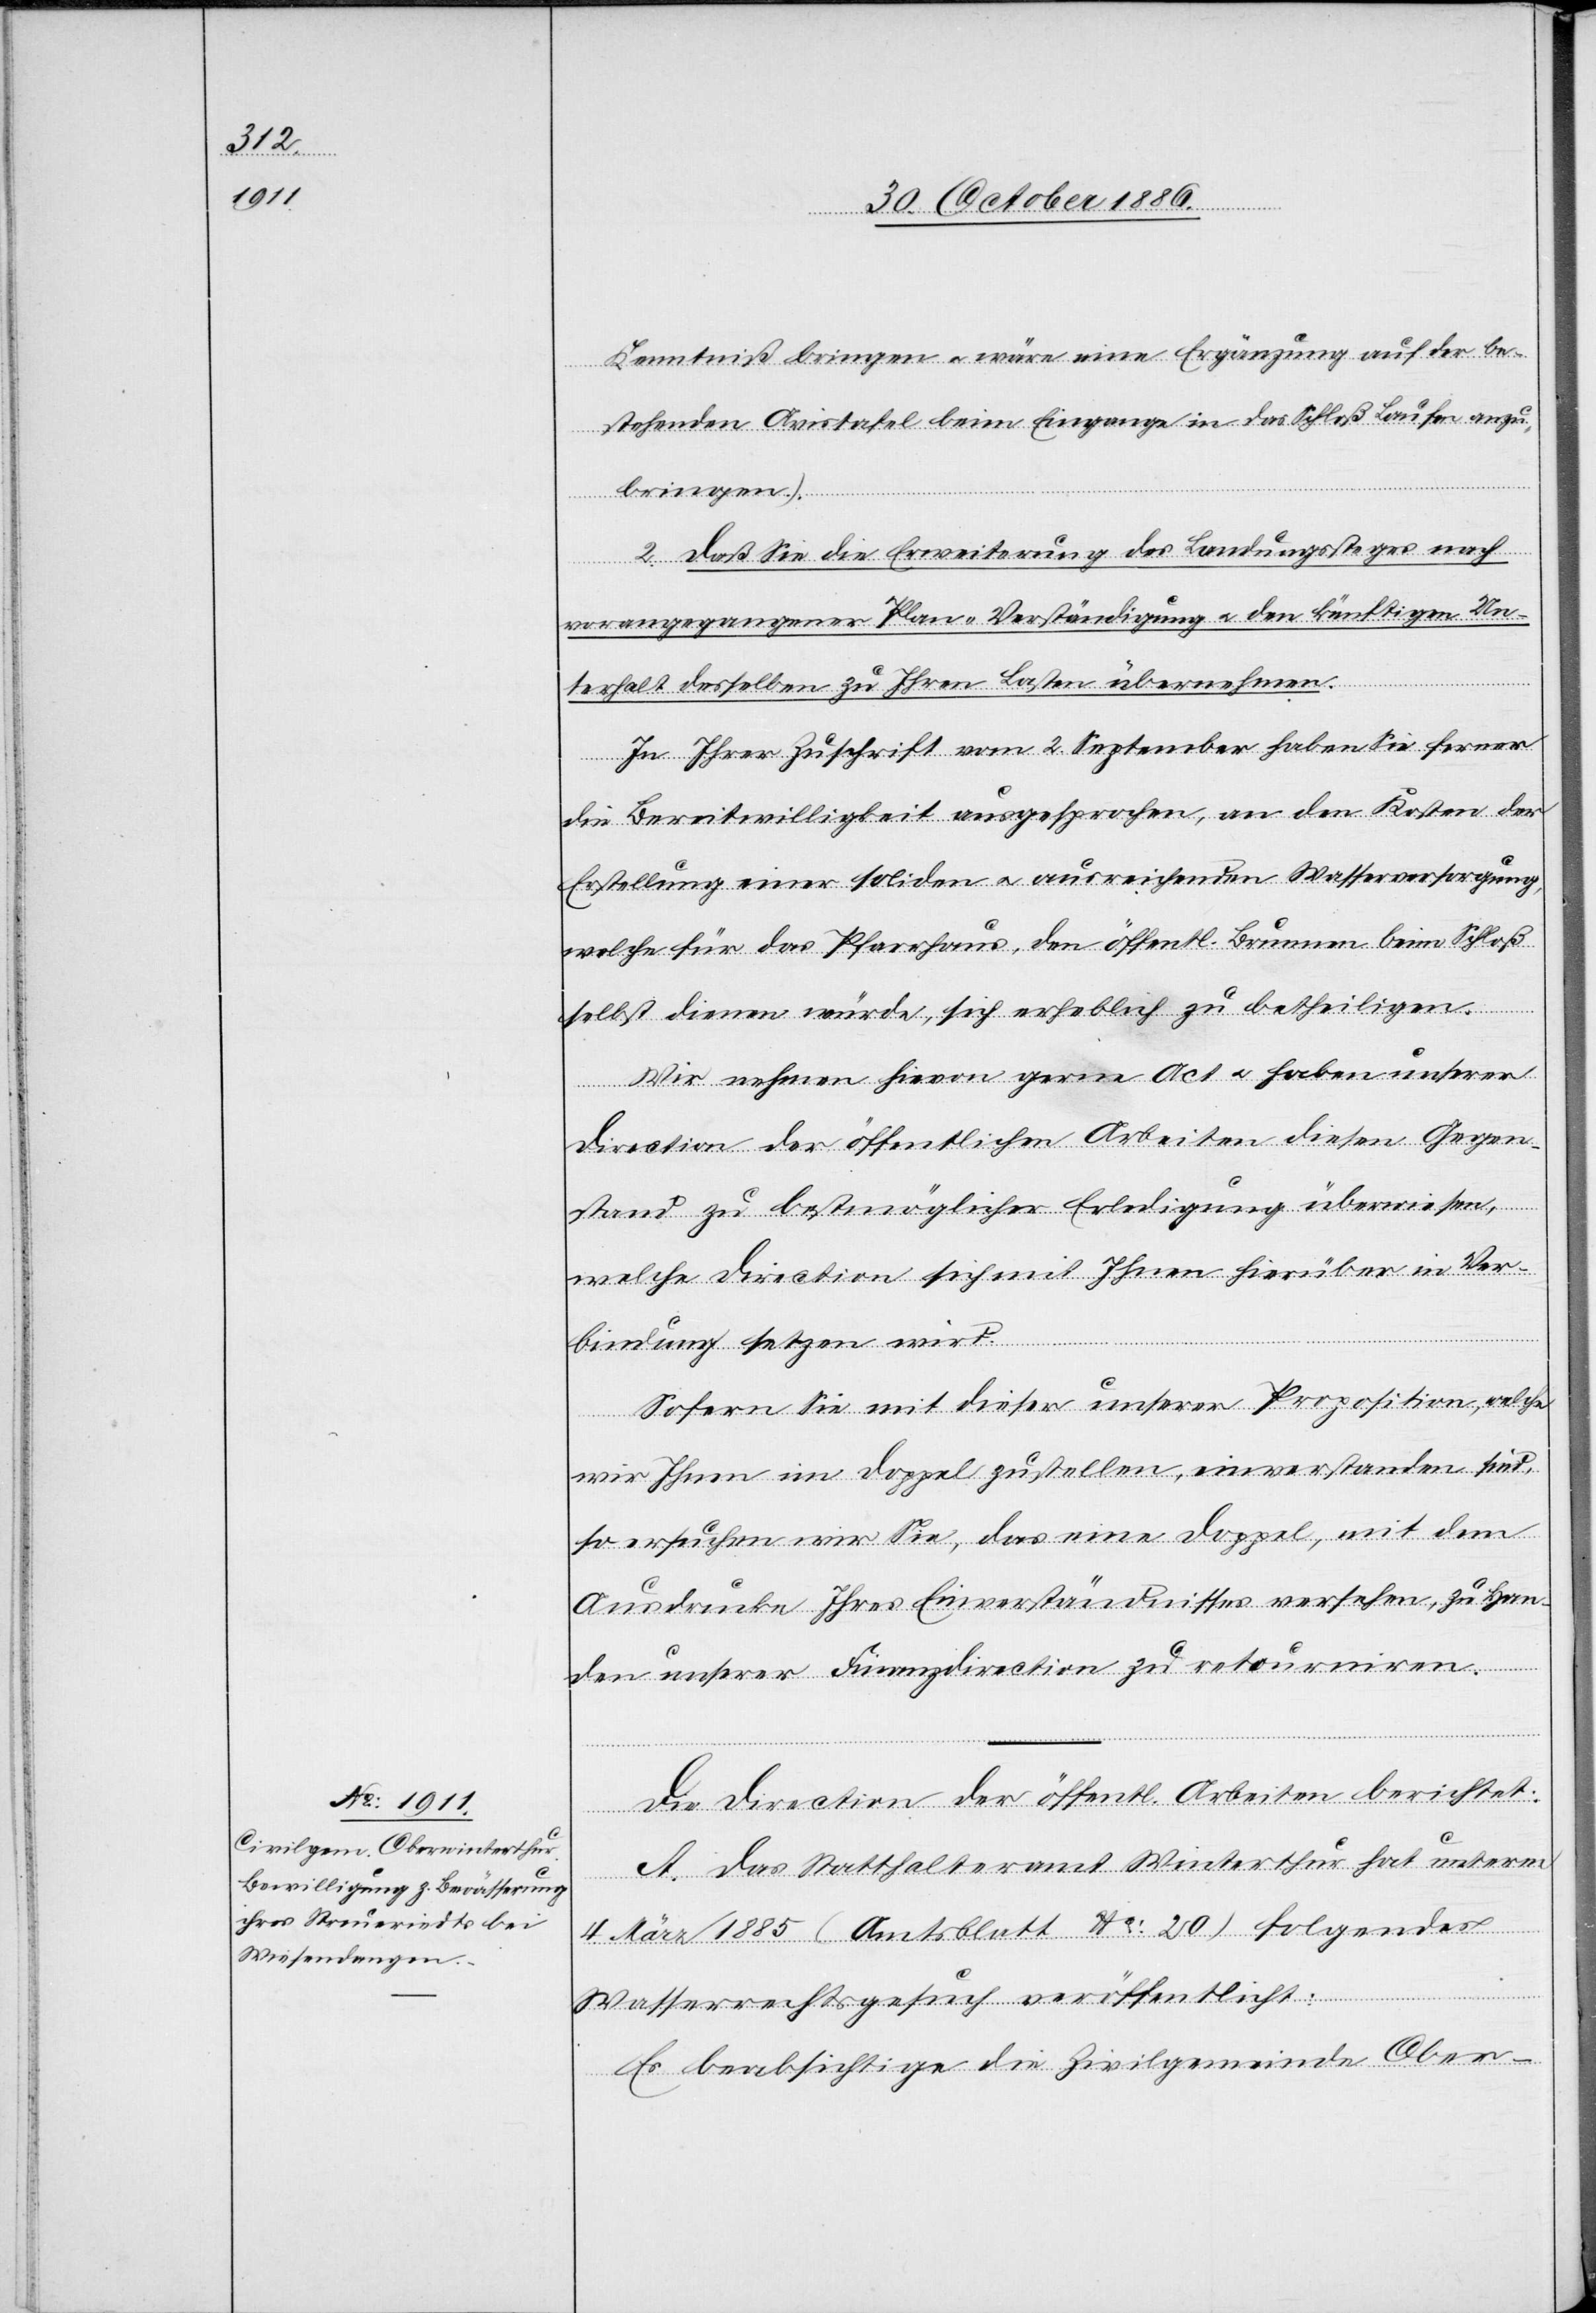
Kenntniß bringen & wäre eine Ergänzung auf der be¬
stehenden Avistafel beim Eingange in das Schloß Laufen anzu¬
bringen.).
2. daß Sie die Erweiterung des Landungssteges nach
vorangegangener Plan-Verständigung & den künftigen Un¬
terhalt desselben zu Ihren Lasten übernehmen.
In Ihrer Zuschrift vom 2. September haben Sie ferner
die Bereitwilligkeit ausgesprochen, an den Kosten der
Erstellung einer soliden & ausreichenden Wasserversorgung,
welche für das Pfarrhaus, den öffentl. Brunnen beim Schloß
selbst dienen würde, sich erheblich zu betheiligen.
Wir nehmen hievon gerne Act & haben unserer
Direction der öffentlichen Arbeiten diesen Gegen¬
stand zu bestmöglicher Erledigung überwiesen,
welche Direction sich mit Ihnen hierüber in Ver¬
bindung setzen wird.
Sofern Sie mit dieser unserer Proposition, welche
wir Ihnen im Doppel zustellen, einverstanden sind,
so ersuchen wir Sie, das eine Doppel, mit dem
Ausdrucke Ihres Einverständnisses versehen, zu Han¬
den unserer Finanzdirection zu retourniren.
Die Direction der öffentl. Arbeiten berichtet:
A. Das Statthalteramt Winterthur hat unterm
4. März 1885 (Amtsblatt No: 20) folgendes
Wasserrechtsgesuch veröffentlicht:
Es beabsichtige die Zivilgemeinde Ober-